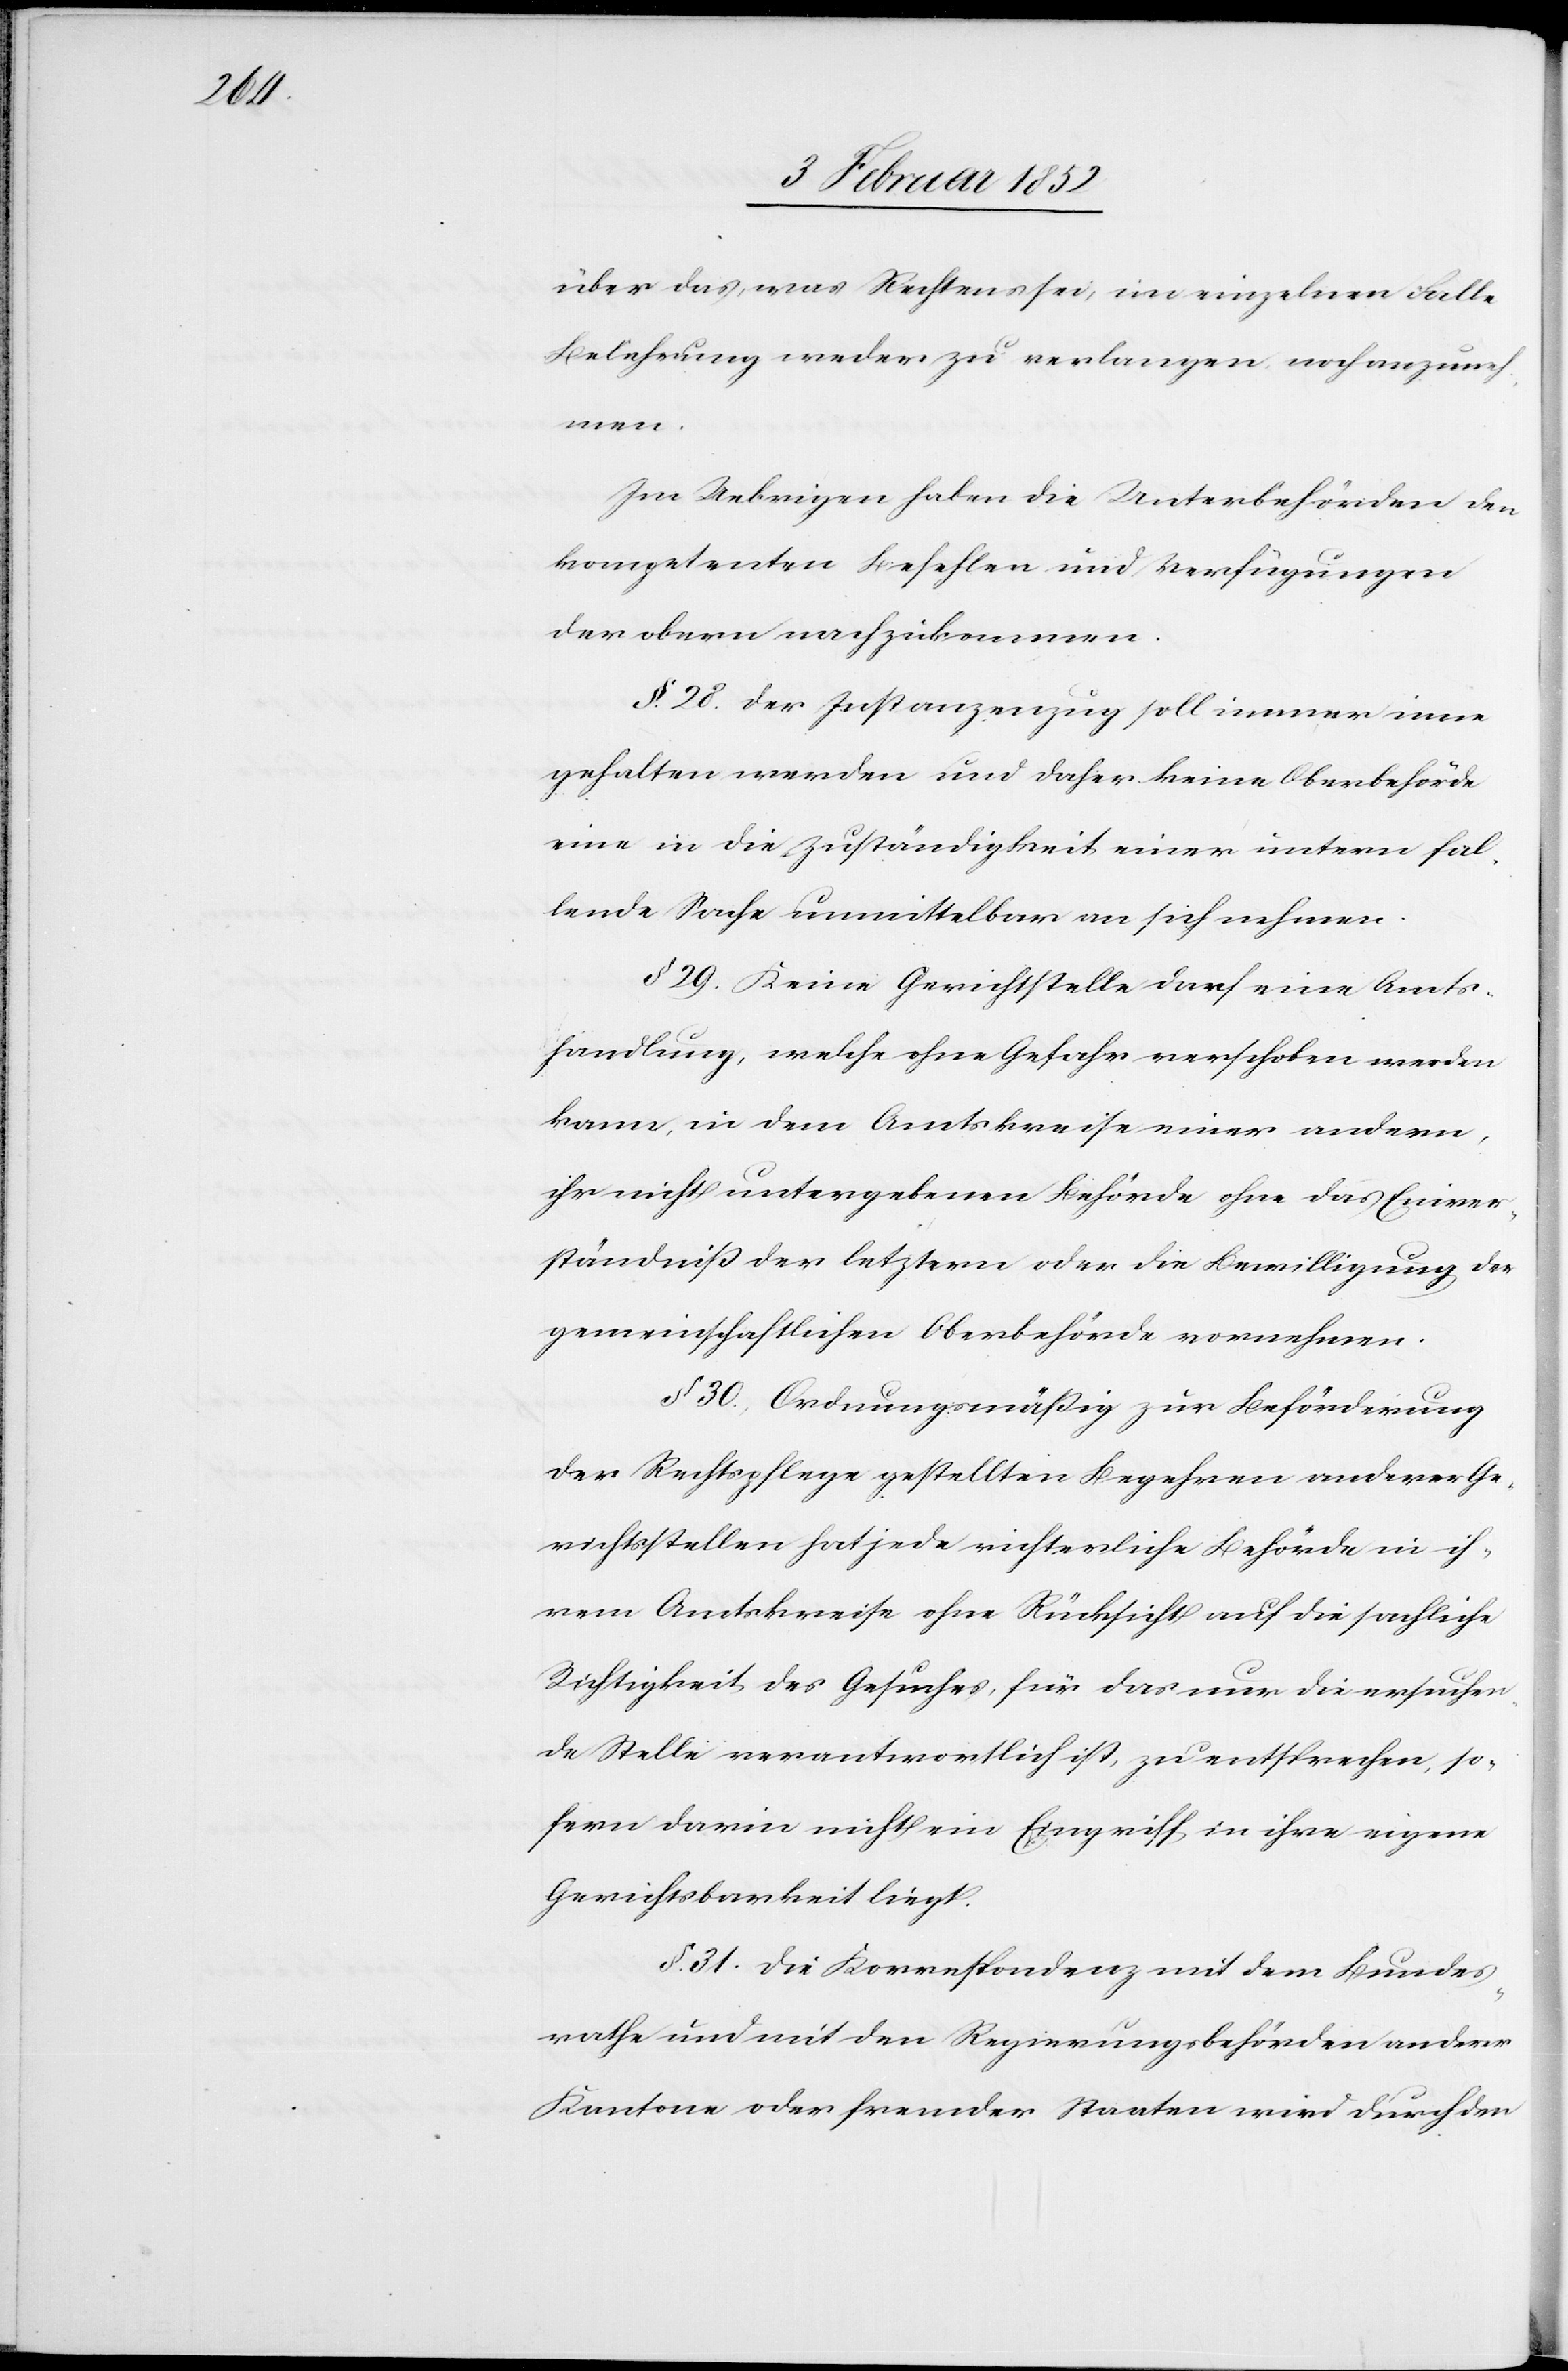
über das, was Rechtens sei, im einzelnen Falle
Belehrung weder zu verlangen noch anzuneh¬
men.
Im Uebrigen haben die Unterbehörden den
kompetenten Befehlen und Verfügungen
der obern nachzukommen.
§. 28. Der Instanzenzug soll immer inne
gehalten werden und daher keine Oberbehörde
eine in die Zuständigkeit einer untern fal¬
lende Sache unmittelbar an sich nehmen.
§ 29. Keine Gerichtsstelle darf eine Amts¬
handlung, welche ohne Gefahr verschoben werden
kann, in dem Amtskreise einer andern,
ihr nicht untergebenen Behörde ohne das Einver¬
ständniß der letztern oder die Bewilligung der
gemeinschaftlichen Oberbehörde vornehmen.
§ 30.) Ordnungsmäßig zur Beförderung
der Rechtspflege gestellten Begehren anderer Ge¬
richtsstellen hat jede richterliche Behörde in ih¬
rem Amtskreise ohne Rücksicht auf die sachliche
Richtigkeit des Gesuches, für das nur die ersuchen¬
de Stelle verantwortlich ist, zu entsprechen, so¬
fern darin nicht ein Eingriff in ihre eigene
Gerichtsbarkeit liegt.
§. 31. Die Korrespondenz mit dem Bundes¬
rathe und mit den Regierungsbehörden anderer
Kantone oder fremder Staaten wird durch den